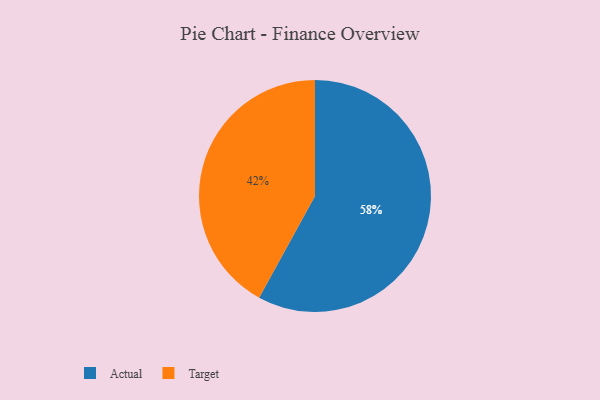
{"axis": {"x": "Category", "y": "Percentage"}, "legend": ["Actual", "Target"], "data": [{"x": "Target", "y": 42, "type": "Target"}, {"x": "Actual", "y": 58, "type": "Actual"}]}